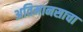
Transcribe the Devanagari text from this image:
अतिमानसाचा